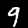
Digit: 9